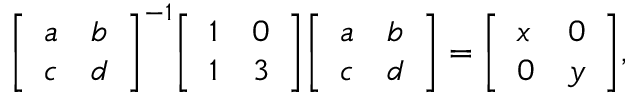
{ \left[ \begin{array} { l l } { a } & { b } \\ { c } & { d } \end{array} \right] } ^ { - 1 } { \left[ \begin{array} { l l } { 1 } & { 0 } \\ { 1 } & { 3 } \end{array} \right] } { \left[ \begin{array} { l l } { a } & { b } \\ { c } & { d } \end{array} \right] } = { \left[ \begin{array} { l l } { x } & { 0 } \\ { 0 } & { y } \end{array} \right] } ,